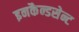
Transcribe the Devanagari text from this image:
इनकैन्डसेन्ट